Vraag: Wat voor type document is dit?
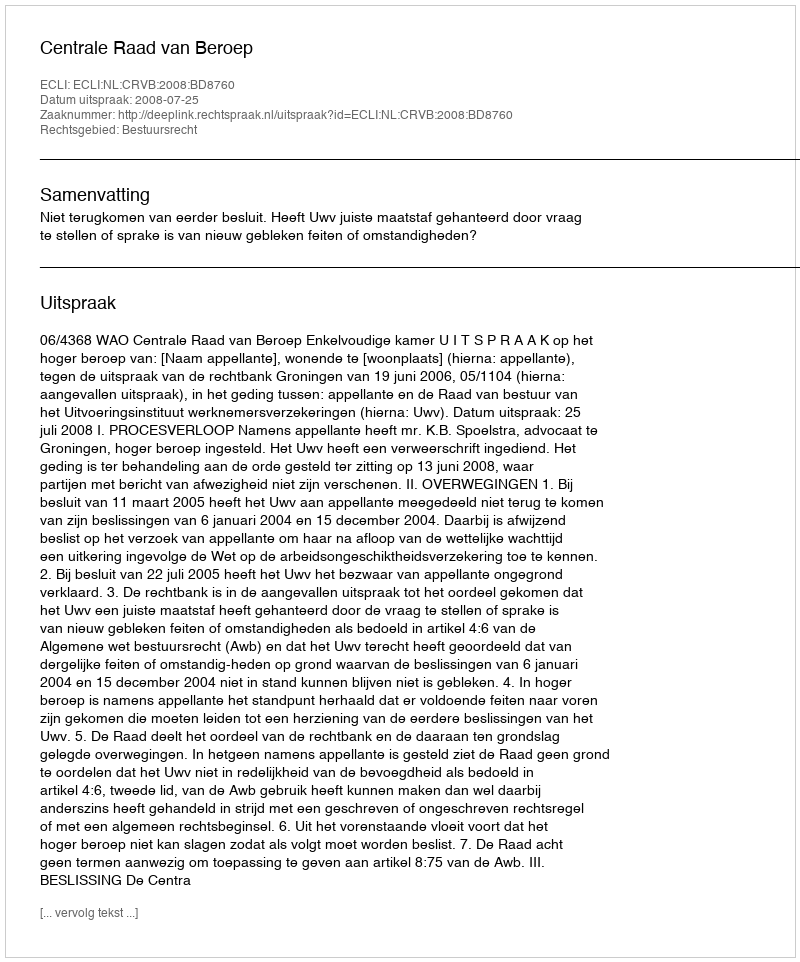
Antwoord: Uitspraak